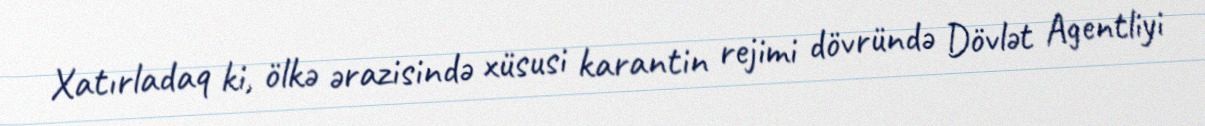
Xatırladaq ki, ölkə ərazisində xüsusi karantin rejimi dövründə Dövlət Agentliyi